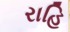
રાહિ